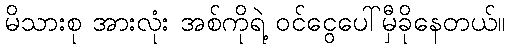
မိသားစု အားလုံး အစ်ကိုရဲ့ ဝင်ငွေပေါ်မှီခိုနေတယ်။